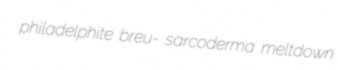
philadelphite breu- sarcoderma meltdown